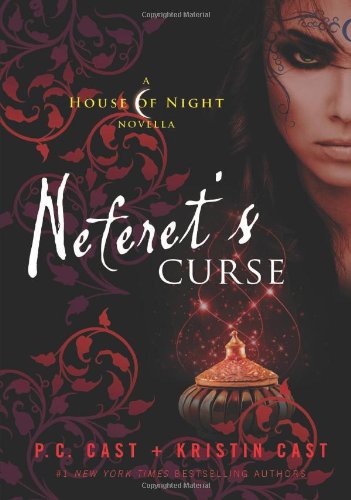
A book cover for Neferet's Curse: A House of Night Novella (House of Night Novellas); P. C. Cast; Teen & Young Adult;